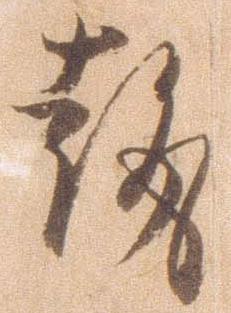
趣